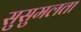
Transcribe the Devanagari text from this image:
सुसुमलता